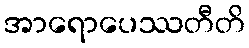
အာရောပေဿတီတိ